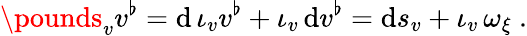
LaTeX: \pounds_{v}v^{\flat}=\mathrm{d}\, \iota_{v}v^{\flat}+\iota_{v}\, \mathrm{d}v^{\flat}=\mathrm{d}s_{v}+\iota_{v}\, \omega_{\xi}\ .